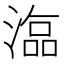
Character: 𣻙